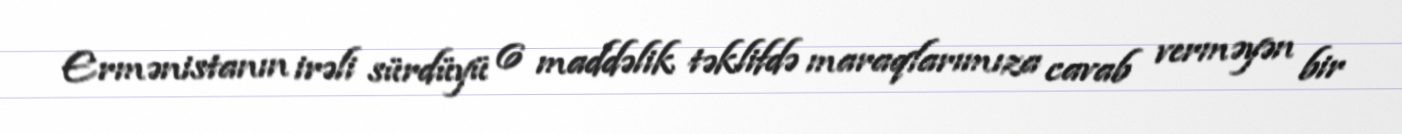
Ermənistanın irəli sürdüyü 6 maddəlik təklifdə maraqlarımıza cavab verməyən bir